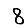
Digit: 8